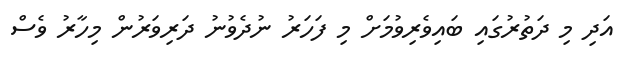
އަދި މި ދަތުރުގައި ބައިވެރިވުމަށް މި ފަހަރު ނުދެވުނު ދަރިވަރުން މިހާރު ވެސް